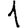
Digit: 1